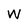
Character: W